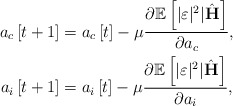
\begin{align*} a_c\left[t+1\right]&=a_c\left[t\right]-\mu\frac{\partial\mathbb{E}\left[\lvert\varepsilon\rvert^2|\hat{\mathbf{H}}^{}\right]}{\partial a_c},\\ a_i\left[t+1\right]&=a_i\left[t\right]-\mu\frac{\partial\mathbb{E}\left[\lvert\varepsilon\rvert^2|\hat{\mathbf{H}}^{}\right]}{\partial a_i}, \end{align*}